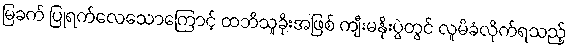
မြခက် ပြုရက်လေသောကြောင့် ထဘီသူခိုးအဖြစ် ကျီးမနိုးပွဲတွင် လူမိခံလိုက်ရသည့်